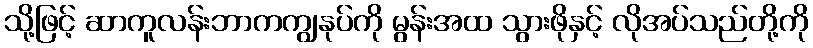
သို့ဖြင့် ဆာကူလန်းဘာကကျွနုပ်ကို မွန်းအထ သွားဖိုနှင့် လိုအပ်သည်တို့ကို